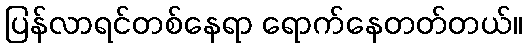
ပြန်လာရင်တစ်နေရာ ရောက်နေတတ်တယ်။